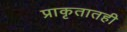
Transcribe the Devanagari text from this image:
प्राकृतातही